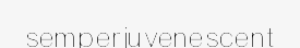
semperjuvenescent